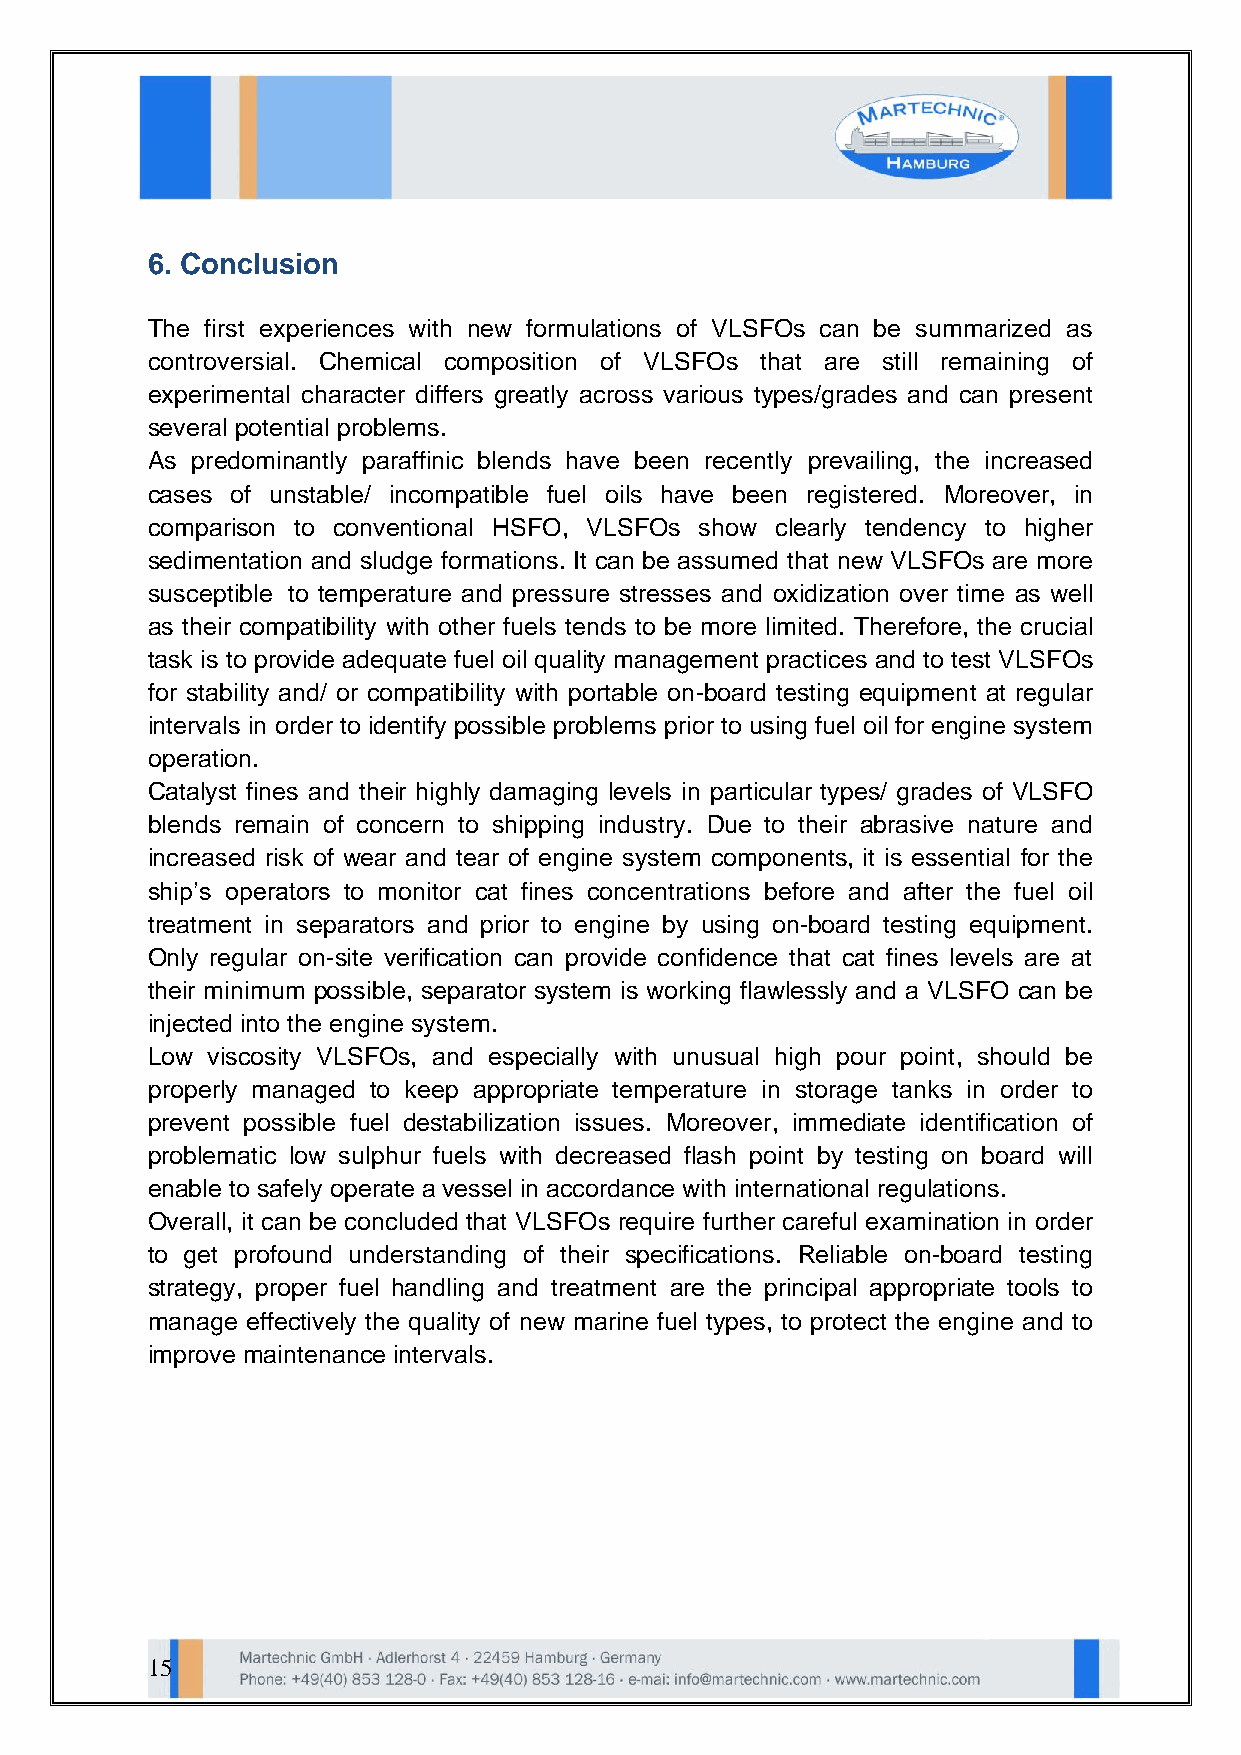
6. Conclusion
 The first experiences with new formulations of VLSFOs can be summarized as
 controversial. Chemical composition of VLSFOs that are still remaining of
 experimental character differs greatly across various types/grades and can present
 several potential problems.
 As predominantly paraffinic blends have been recently prevailing, the increased
 cases of unstable/ incompatible fuel oils have been registered. Moreover, in
 comparison to conventional HSFO, VLSFOs show clearly tendency to higher
 sedimentation and sludge formations. It can be assumed that new VLSFOs are more
 susceptible to temperature and pressure stresses and oxidization over time as well
 as their compatibility with other fuels tends to be more limited. Therefore, the crucial
 task is to provide adequate fuel oil quality management practices and to test VLSFOs
 for stability and/ or compatibility with portable on-board testing equipment at regular
 intervals in order to identify possible problems prior to using fuel oil for engine system
 operation.
 Catalyst fines and their highly damaging levels in particular types/ grades of VLSFO
 blends remain of concern to shipping industry. Due to their abrasive nature and
 increased risk of wear and tear of engine system components, it is essential for the
 ship’s operators to monitor cat fines concentrations before and after the fuel oil
 treatment in separators and prior to engine by using on-board testing equipment.
 Only regular on-site verification can provide confidence that cat fines levels are at
 their minimum possible, separator system is working flawlessly and a VLSFO can be
 injected into the engine system.
 Low viscosity VLSFOs, and especially with unusual high pour point, should be
 properly managed to keep appropriate temperature in storage tanks in order to
 prevent possible fuel destabilization issues. Moreover, immediate identification of
 problematic low sulphur fuels with decreased flash point by testing on board will
 enable to safely operate a vessel in accordance with international regulations.
 Overall, it can be concluded that VLSFOs require further careful examination in order
 to get profound understanding of their specifications. Reliable on-board testing
 strategy, proper fuel handling and treatment are the principal appropriate tools to
 manage effectively the quality of new marine fuel types, to protect the engine and to
 improve maintenance intervals.
 15